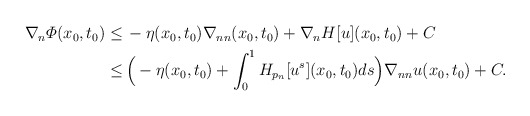
\begin{align*}\begin{aligned} \nabla_n \varPhi (x_0, t_0) \leq \,& - \eta (x_0, t_0) \nabla_{nn} (x_0, t_0) + \nabla_n H [u] (x_0, t_0) + C \\ \leq \,& \Big(- \eta (x_0, t_0) + \int _0^1 H_{p_n} [u^s] (x_0, t_0) ds\Big) \nabla_{nn} u (x_0, t_0) + C. \end{aligned} \end{align*}